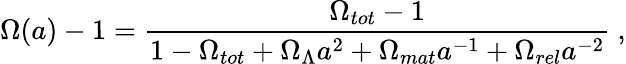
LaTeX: \Omega(a)-1=\frac{\Omega_{tot}-1}{1-\Omega_{tot}+\Omega_{\Lambda}a^{2}+\Omega_{mat}a^{-1}+\Omega_{rel}a^{-2}}\ ,